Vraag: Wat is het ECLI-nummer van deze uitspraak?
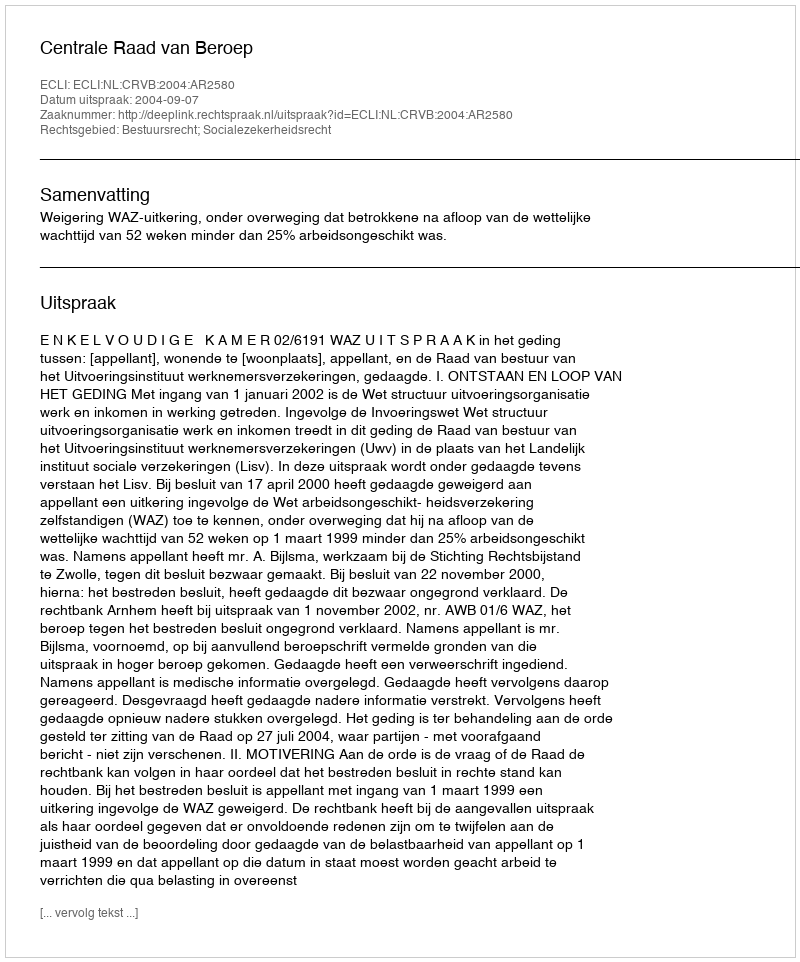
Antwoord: ECLI:NL:CRVB:2004:AR2580